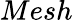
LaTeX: Mesh